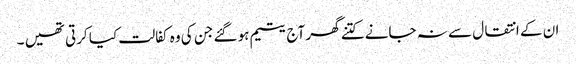
ان کے انتقال سے نہ جانے کتنے گھر آج یتیم ہو گئے جن کی وہ کفالت کیا کرتی تھیں ۔